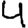
Digit: 4